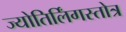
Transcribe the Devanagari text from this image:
ज्योतिर्लिंगस्तोत्र